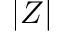
| Z |